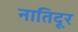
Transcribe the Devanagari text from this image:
नातिदूर